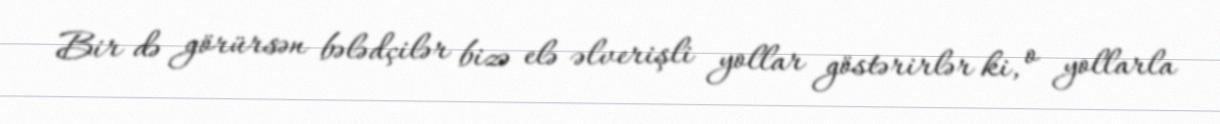
Bir də görürsən bələdçilər bizə elə əlverişli yollar göstərirlər ki, o yollarla